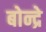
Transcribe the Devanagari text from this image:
बोन्द्रे